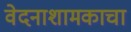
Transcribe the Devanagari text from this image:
वेदनाशामकाचा